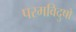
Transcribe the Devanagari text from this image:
परमविदुषो